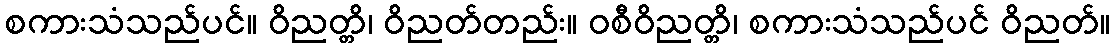
စကားသံသည်ပင်။ ဝိညတ္တိ၊ ဝိညတ်တည်း။ ဝစီဝိညတ္တိ၊ စကားသံသည်ပင် ဝိညတ်။